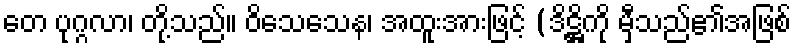
တေ ပုဂ္ဂလာ၊ တို့သည်။ ဝိသေသေန၊ အထူးအားဖြင့် (ဒိဋ္ဌိကို မှီသည်၏အဖြစ်